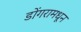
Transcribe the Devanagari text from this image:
डोंगरामधून